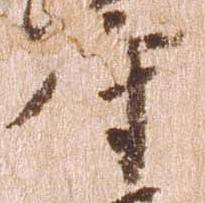
守